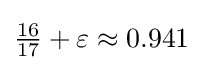
{\tfrac {16}{17}}+\varepsilon \approx 0.941